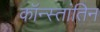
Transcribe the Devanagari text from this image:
कॉन्स्तांतिन